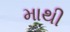
માથી